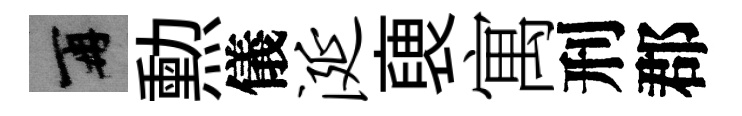
再勲儀涎褏寓刑郡